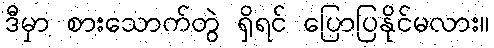
ဒီမှာ စားသောက်တွဲ ရှိရင် ပြောပြနိုင်မလား။